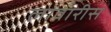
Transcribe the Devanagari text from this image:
लावारीस